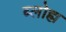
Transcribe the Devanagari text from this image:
ब्लोह्म